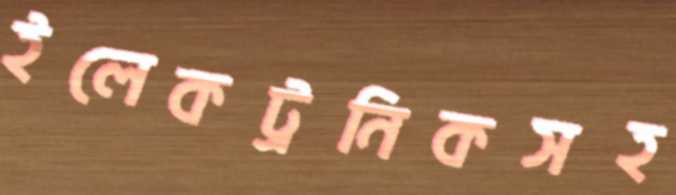
ইলেকট্রনিকসহ